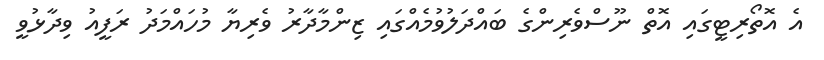
އެ އޮތޯރިޓީގައި އޮތް ނޫސްވެރިންގެ ބައްދަލުވުމެއްގައި ޒިންމާދާރު ވެރިޔާ މުހައްމަދު ރަފީއު ވިދާޅުވީ